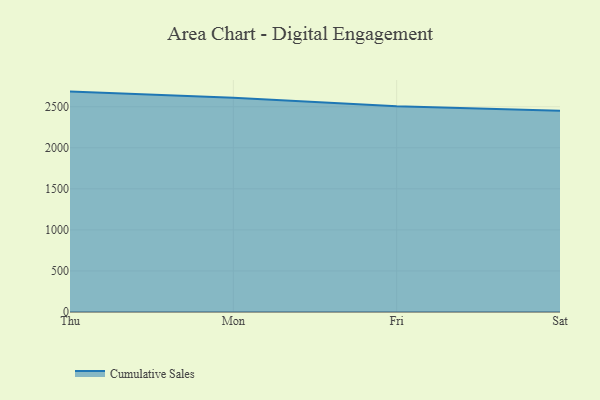
{"axis": {"x": "Day", "y": "Gross Profit (USD K)"}, "legend": ["Cumulative Sales"], "data": [{"x": "Thu", "y": 2684.4, "type": "Cumulative Sales"}, {"x": "Mon", "y": 2609.5, "type": "Cumulative Sales"}, {"x": "Fri", "y": 2507.4, "type": "Cumulative Sales"}, {"x": "Sat", "y": 2452.3, "type": "Cumulative Sales"}]}